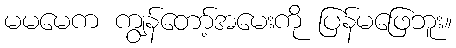
မမမေက ကျွန်တော့်အမေးကို ပြန်မဖြေဘူး။